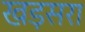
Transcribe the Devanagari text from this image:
खड़सरा